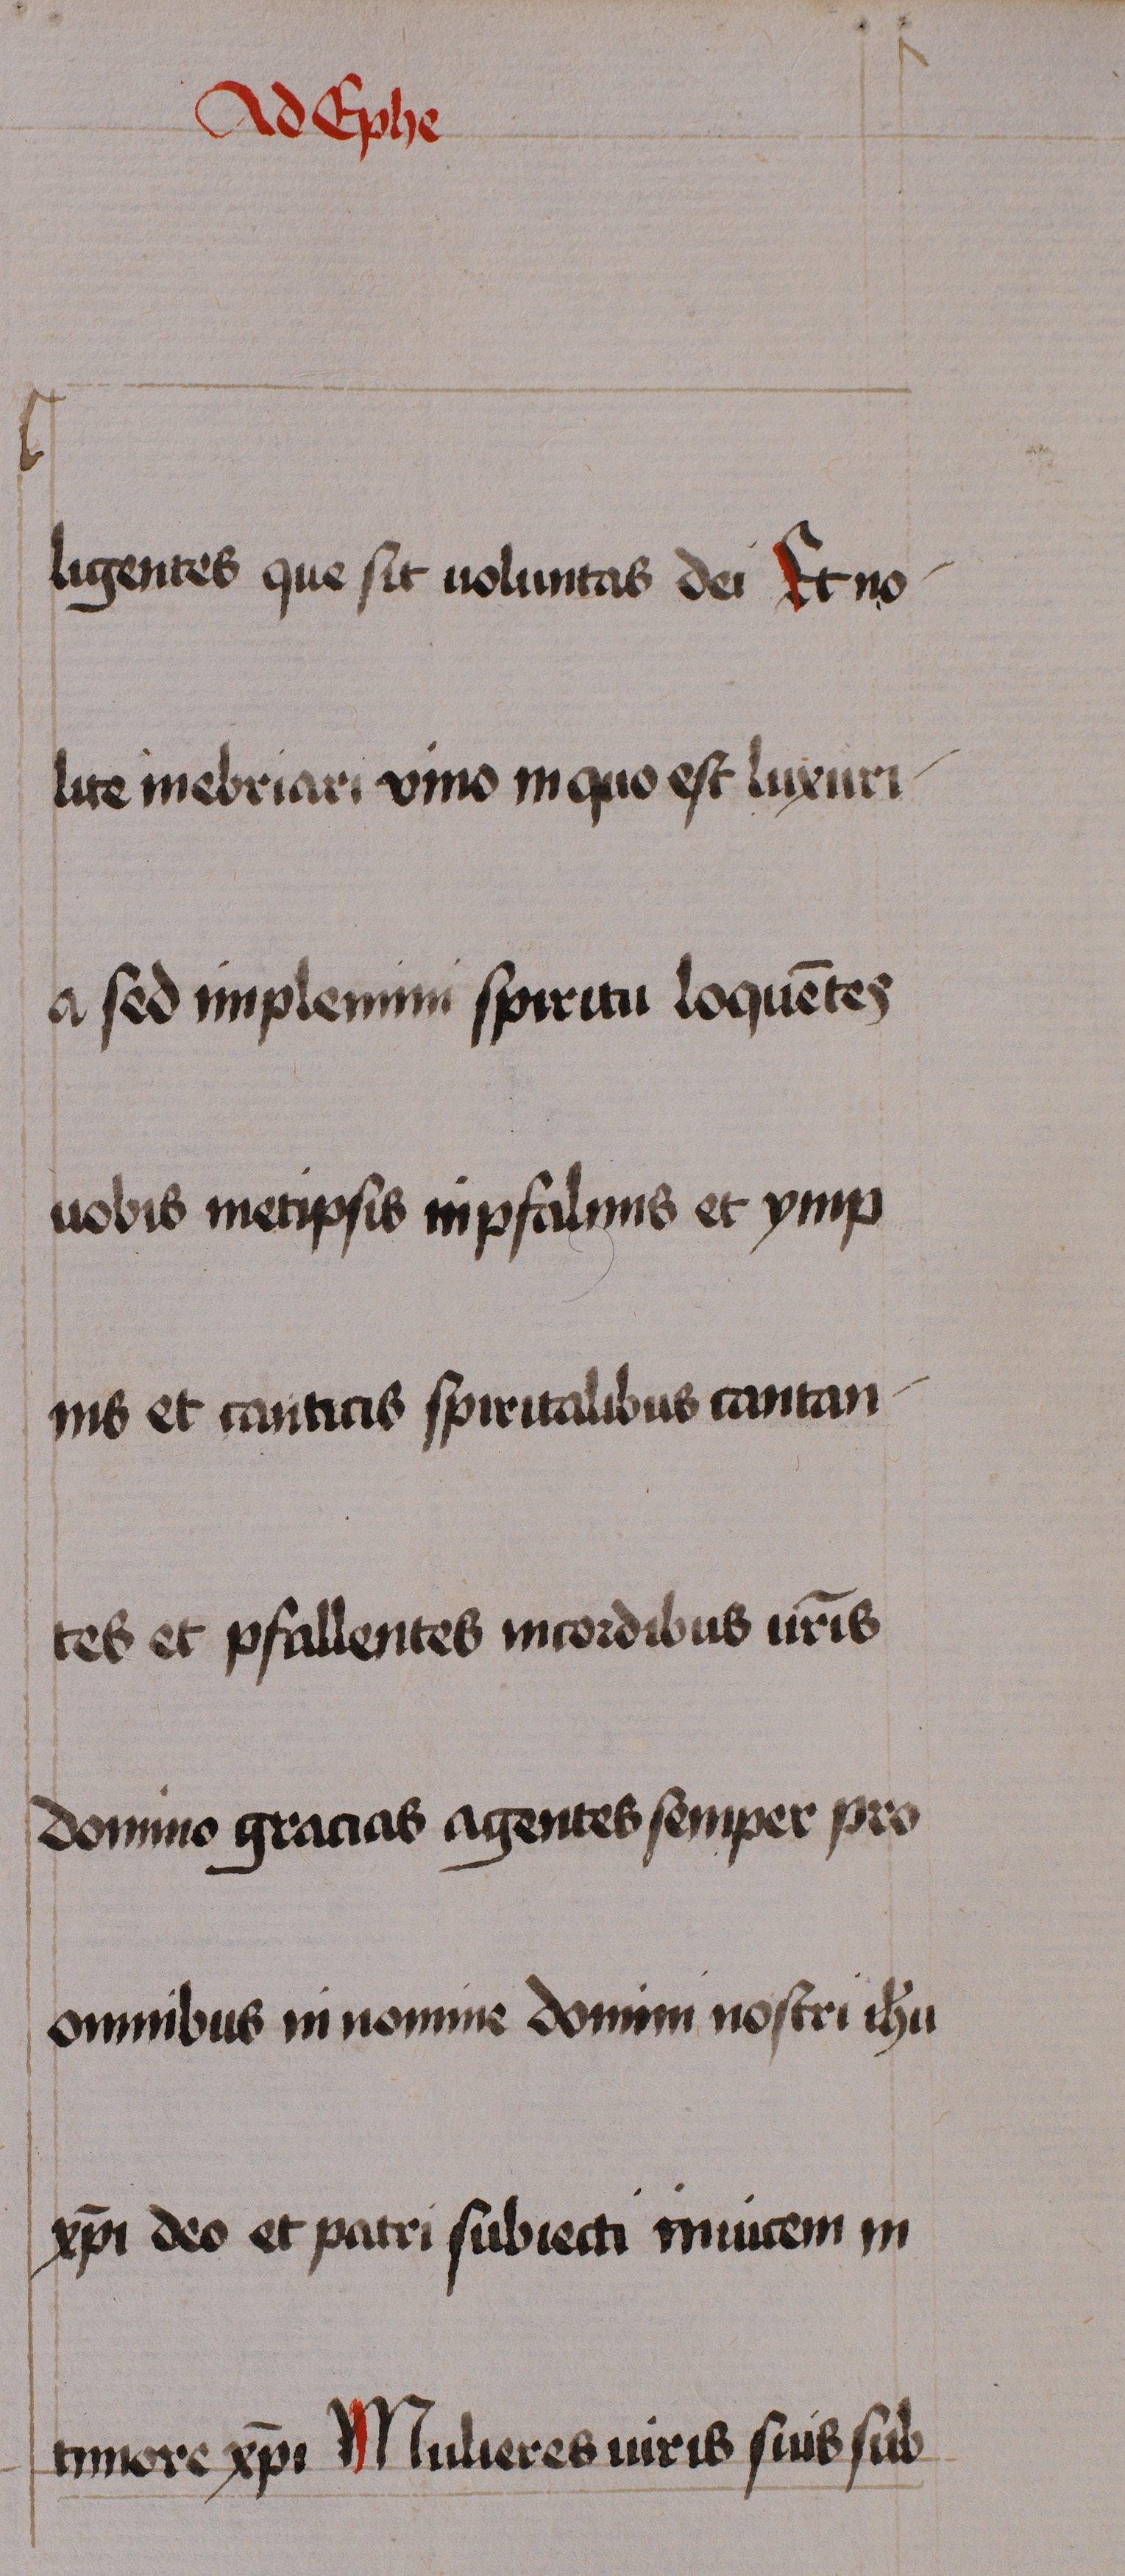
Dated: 1460–1460